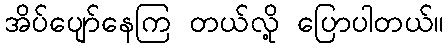
အိပ်ပျော်နေကြ တယ်လို့ ပြောပါတယ်။